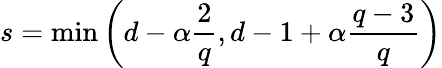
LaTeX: s=\operatorname*{min}\left(d-\alpha\frac{2}{q},d-1+\alpha\frac{q-3}{q}\right)